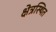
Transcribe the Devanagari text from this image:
क्षेत्रस्थित